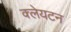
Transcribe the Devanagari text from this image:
क्लेयटन